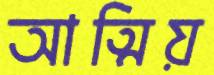
আত্মিয়